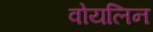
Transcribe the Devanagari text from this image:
वोयलिन